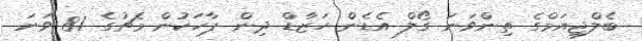
ބެލްޖިއަމްގެ ތިންވަނަ ގޯލް އެޑެން ހަޒާޑް ދިން ޕާހަކުން މެޗުގެ 81 ވަނަ